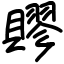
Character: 賿